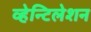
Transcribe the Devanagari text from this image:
व्हेन्टिलेशन